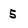
Character: 5